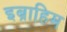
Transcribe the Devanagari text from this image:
इब्राहिम